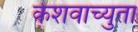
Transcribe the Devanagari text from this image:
केेशवाच्युता